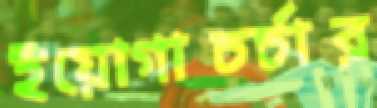
ইয়োগাচর্চার